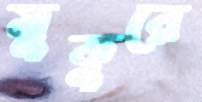
মুকুরে